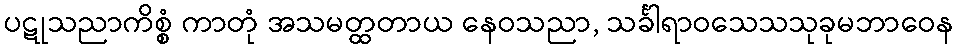
ပဋုသညာကိစ္စံ ကာတုံ အသမတ္ထတာယ နေဝသညာ, သင်္ခါရာဝသေသသုခုမဘာဝေန